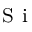
_ { \mathrm { ~ S ~ i ~ } }